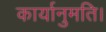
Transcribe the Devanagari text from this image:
कार्यानुमति।